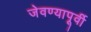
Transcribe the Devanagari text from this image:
जेवण्यापूर्वी